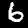
Label: 6